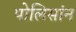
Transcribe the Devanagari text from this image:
पोलिसांन